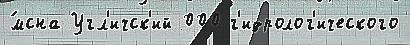
́мсна Угл'ичск'ий 000 г'идролог'ического